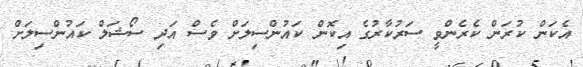
އެކަން ކުރަން ކެެެރެންވީ ސަރުކާރުގެ އިކޮން ކައުންސިލަށް ވެސް އަދި ސޯޝަލް ކައުންސިލަށް